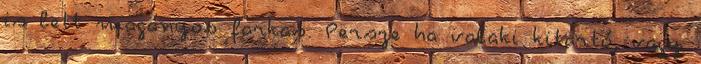
is lett magányos farkas. Persze ha valaki kitartó, vagy